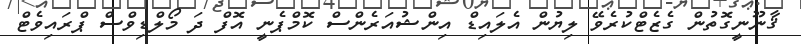
ޤާނޫނީގޮތުން ގެޒެޓްކުރެވޭ ލިޔުން އެލައިޑް އިންޝުއަރެންސް ކޮމްޕެނީ އޮފް ދަ މޯލްޑިވްސް ޕްރައިވެޓް